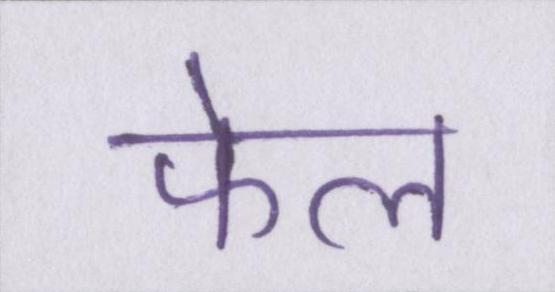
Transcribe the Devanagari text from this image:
फेल